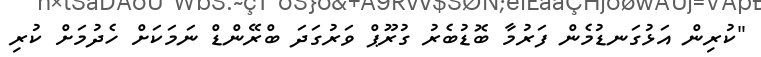
"ކުރިން އަޅުގަނޑުމެން ފަރުމާ ބޮޑުބެރު ގުރޫޕް ވަރުގަދަ ބްރޭންޑް ނަމަކަށް ހެދުމަށް ކުރި